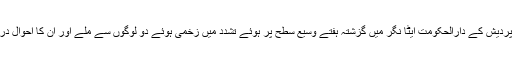
اروناچل پردیش کے دارالحکومت ایٹا نگر میں گزشتہ ہفتے وسیع سطح پر ہوئے تشدد میں زخمی ہوئے دو لوگوں سے ملے اور ان کا احوال دریافت کیا۔